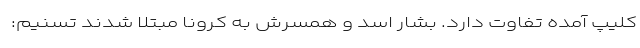
کلیپ آمده تفاوت دارد. بشار اسد و همسرش به کرونا مبتلا شدند تسنیم: